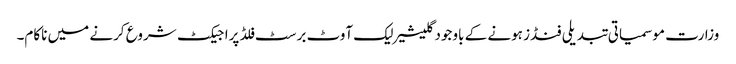
وزارت موسمیاتی تبدیلی فنڈز ہونے کے باوجودگلیشیر لیک آوٹ برسٹ فلڈ پراجیکٹ شروع کرنے میں ناکام۔